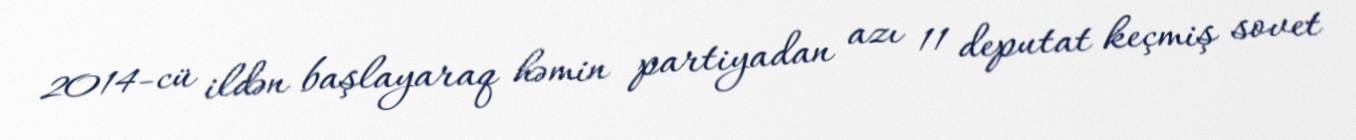
2014-cü ildən başlayaraq həmin partiyadan azı 11 deputat keçmiş sovet